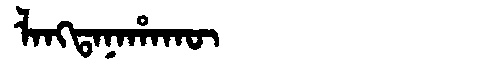
Manchu: ᠯᠠᠩᡨᠠᠨᠠᡥᠠᡴᡡ
Romanization: LANGTANAHAKŪ